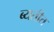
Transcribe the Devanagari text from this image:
ब्यतीत